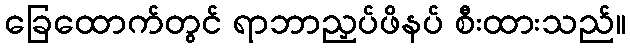
ခြေထောက်တွင် ရာဘာညှပ်ဖိနပ် စီးထားသည်။